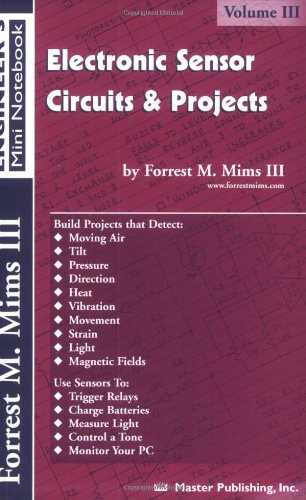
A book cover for Electronic Sensor Circuits & Projects, Volume III (Engineer's Mini Notebook); Forrest M. Mims III; Teen & Young Adult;